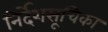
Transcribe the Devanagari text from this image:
निर्देशसूचिका